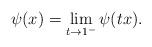
LaTeX: \begin{align*} \psi(x) = \lim_{t \rightarrow 1^-} \psi(t x). \end{align*}